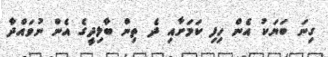
ގިނަ ބަޔަކު އެން ހިފި ކަމަށާއި ދެ ތިން ބާލިދީގެ އެން ނުވައްދާ